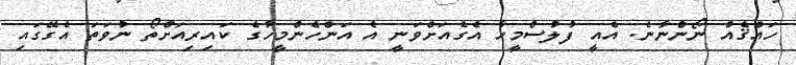
ހައްޤެއް ނޯންނާނެ. އެއީ ފުލުސްމީހާ އެގެއަށްވަނީ އެ އަންހެންމީހާގެ ކައިރިއަށްތޯ ނުވަތަ އެގޭގައި